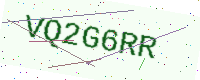
Text: VQ2G6RR